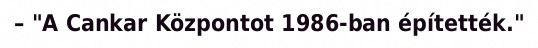
– "A Cankar Központot 1986-ban építették."